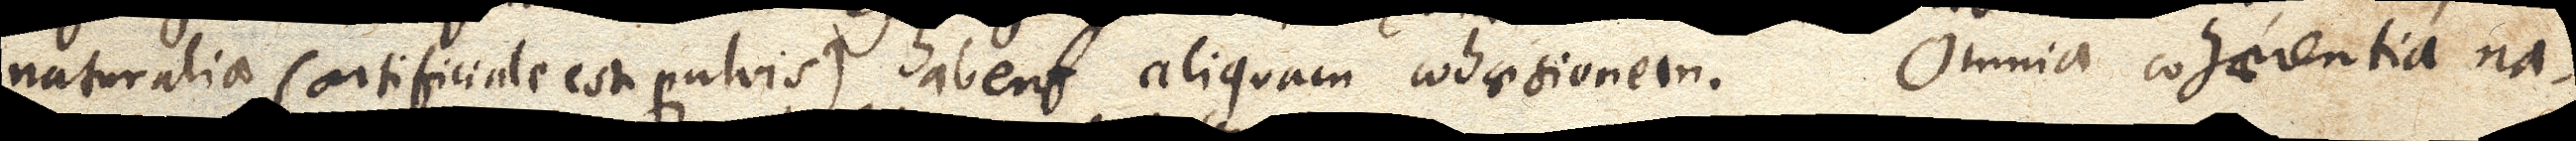
naturalia (artificiale est pulvis) habent aliquam cohaesionem. Omnia cohaerentia na